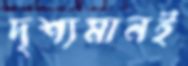
দৃশ্যমানই